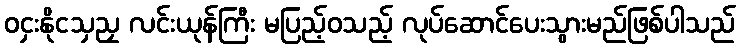
ဝငှးနိုငသှညှ လင်းယုန်ကြီး မပြည့်ဝသည့် လုပ်ဆောင်ပေးသွားမည်ဖြစ်ပါသည်